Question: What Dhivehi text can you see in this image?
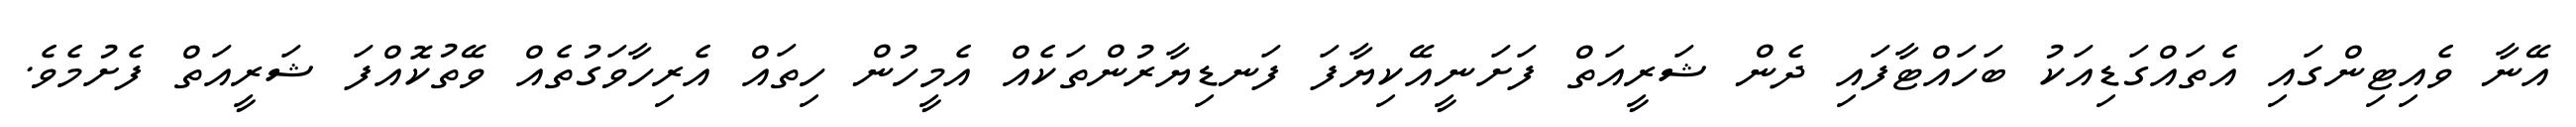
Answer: އޭނާ ވެއިޓިންގައި އެތައްގަޑިއަކު ބަހައްޓާފައި ދެން ޝަރީއަތް ފަށަނީއޭކިޔާފަ ފަނޑިޔާރުންތަކެއް އެމީހުން ހިތައް އެރިހާވަގުތެއް ވޭތުކޮއްފަ ޝަރީއަތް ފެށުމެވެ.